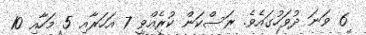
6 ވަނަ ދުވަހުގައެވެ. ރަސްކަން ކުރެއްވީ 7 އަހަރާއި 5 މަހާއި 10